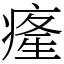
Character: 𤸇